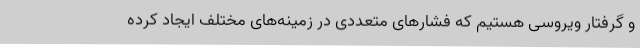
و گرفتار ویروسی هستیم که فشارهای متعددی در زمینه‌های مختلف ایجاد کرده